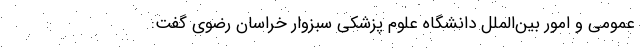
عمومی و امور بین‌الملل دانشگاه علوم پزشکی سبزوار خراسان رضوی گفت: